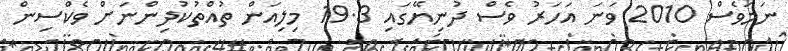
ނަމަވެސް 2010 ވަނަ އަހަރު ވެސް ދުނިޔޭގައި 19.3 މިލިއަން ތުއްތުކުދިންނަށް ވެކްސިން